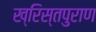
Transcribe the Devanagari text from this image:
ख्रिस्तपुराण